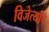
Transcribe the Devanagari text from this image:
विजेत्यांचे